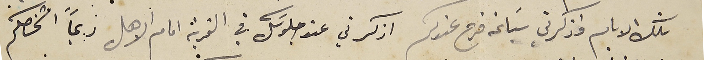
تلك الايام واذكرني سَاعة فرح عندكم اذكرني عند جلوسَك في القرية امام الاهل ربما اشخصكم